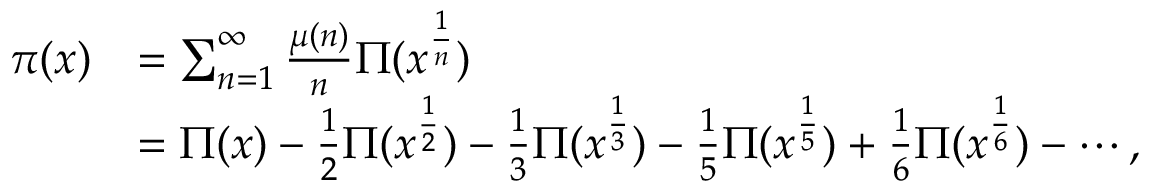
{ \begin{array} { r l } { \pi ( x ) } & { = \sum _ { n = 1 } ^ { \infty } { \frac { \mu ( n ) } { n } } \Pi ( x ^ { \frac { 1 } { n } } ) } \\ & { = \Pi ( x ) - { \frac { 1 } { 2 } } \Pi ( x ^ { \frac { 1 } { 2 } } ) - { \frac { 1 } { 3 } } \Pi ( x ^ { \frac { 1 } { 3 } } ) - { \frac { 1 } { 5 } } \Pi ( x ^ { \frac { 1 } { 5 } } ) + { \frac { 1 } { 6 } } \Pi ( x ^ { \frac { 1 } { 6 } } ) - \cdots , } \end{array} }